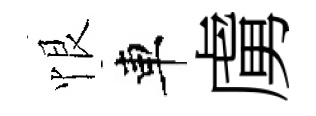
恨車虜